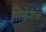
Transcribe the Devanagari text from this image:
सिनेमाच